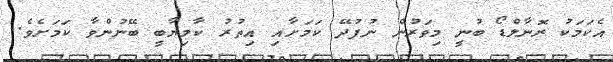
އެކަމަކު ރޮނާލްޑޯ ބުނީ މިވަރުން ނުފުދޭ ކަމަށާއި އިތުރު ކާމިޔާބީ ބޭނުންވާ ކަމަށެވެ.